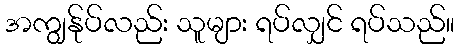
အကျွန်ုပ်လည်း သူများ ရပ်လျှင် ရပ်သည်။